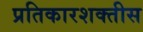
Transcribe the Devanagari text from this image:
प्रतिकारशक्तीस